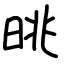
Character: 晀